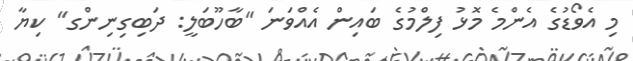
މި އެވޯޑުގެ އެންމެ މޮޅު ފިލްމުގެ ބައިން އެއްވަނަ "ބާހޫބަލީ: ދަބިގިނިންގ" ކިޔާ